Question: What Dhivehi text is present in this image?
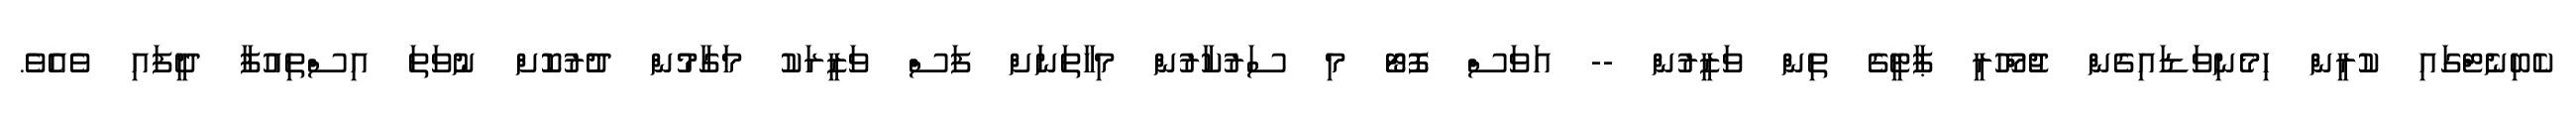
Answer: ކެބިނެޓްގައި ކުރީން ހިމެނިވަޑައިގެން ޖުމްްހޫރީ ޕާޓީގެ ތިން ވަޒީރުން -- އަވަސް ފޮޓޯ މި ސަރުކާރުން މިހާތަނަށް ފަސް ވަޒީރަކު މަގާމުން ދުރުކޮށް ނުވަތަ އިސްތިއުފާ ދީފައި ވެއެވެ.